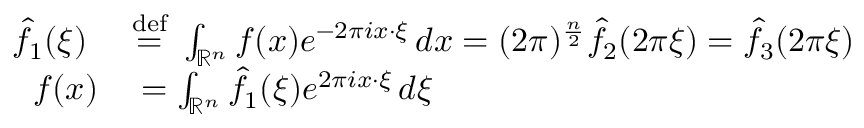
\begin{array} { r l } { { \hat { f } } _ { 1 } ( \xi ) \ } & { { } { \stackrel { \mathrm { d e f } } { = } } \ \int _ { \mathbb { R } ^ { n } } f ( x ) e ^ { - 2 \pi i x \cdot \xi } \, d x = ( 2 \pi ) ^ { \frac { n } { 2 } } { \hat { f } } _ { 2 } ( 2 \pi \xi ) = { \hat { f } } _ { 3 } ( 2 \pi \xi ) } \\ { f ( x ) } & { { } = \int _ { \mathbb { R } ^ { n } } { \hat { f } } _ { 1 } ( \xi ) e ^ { 2 \pi i x \cdot \xi } \, d \xi } \end{array}